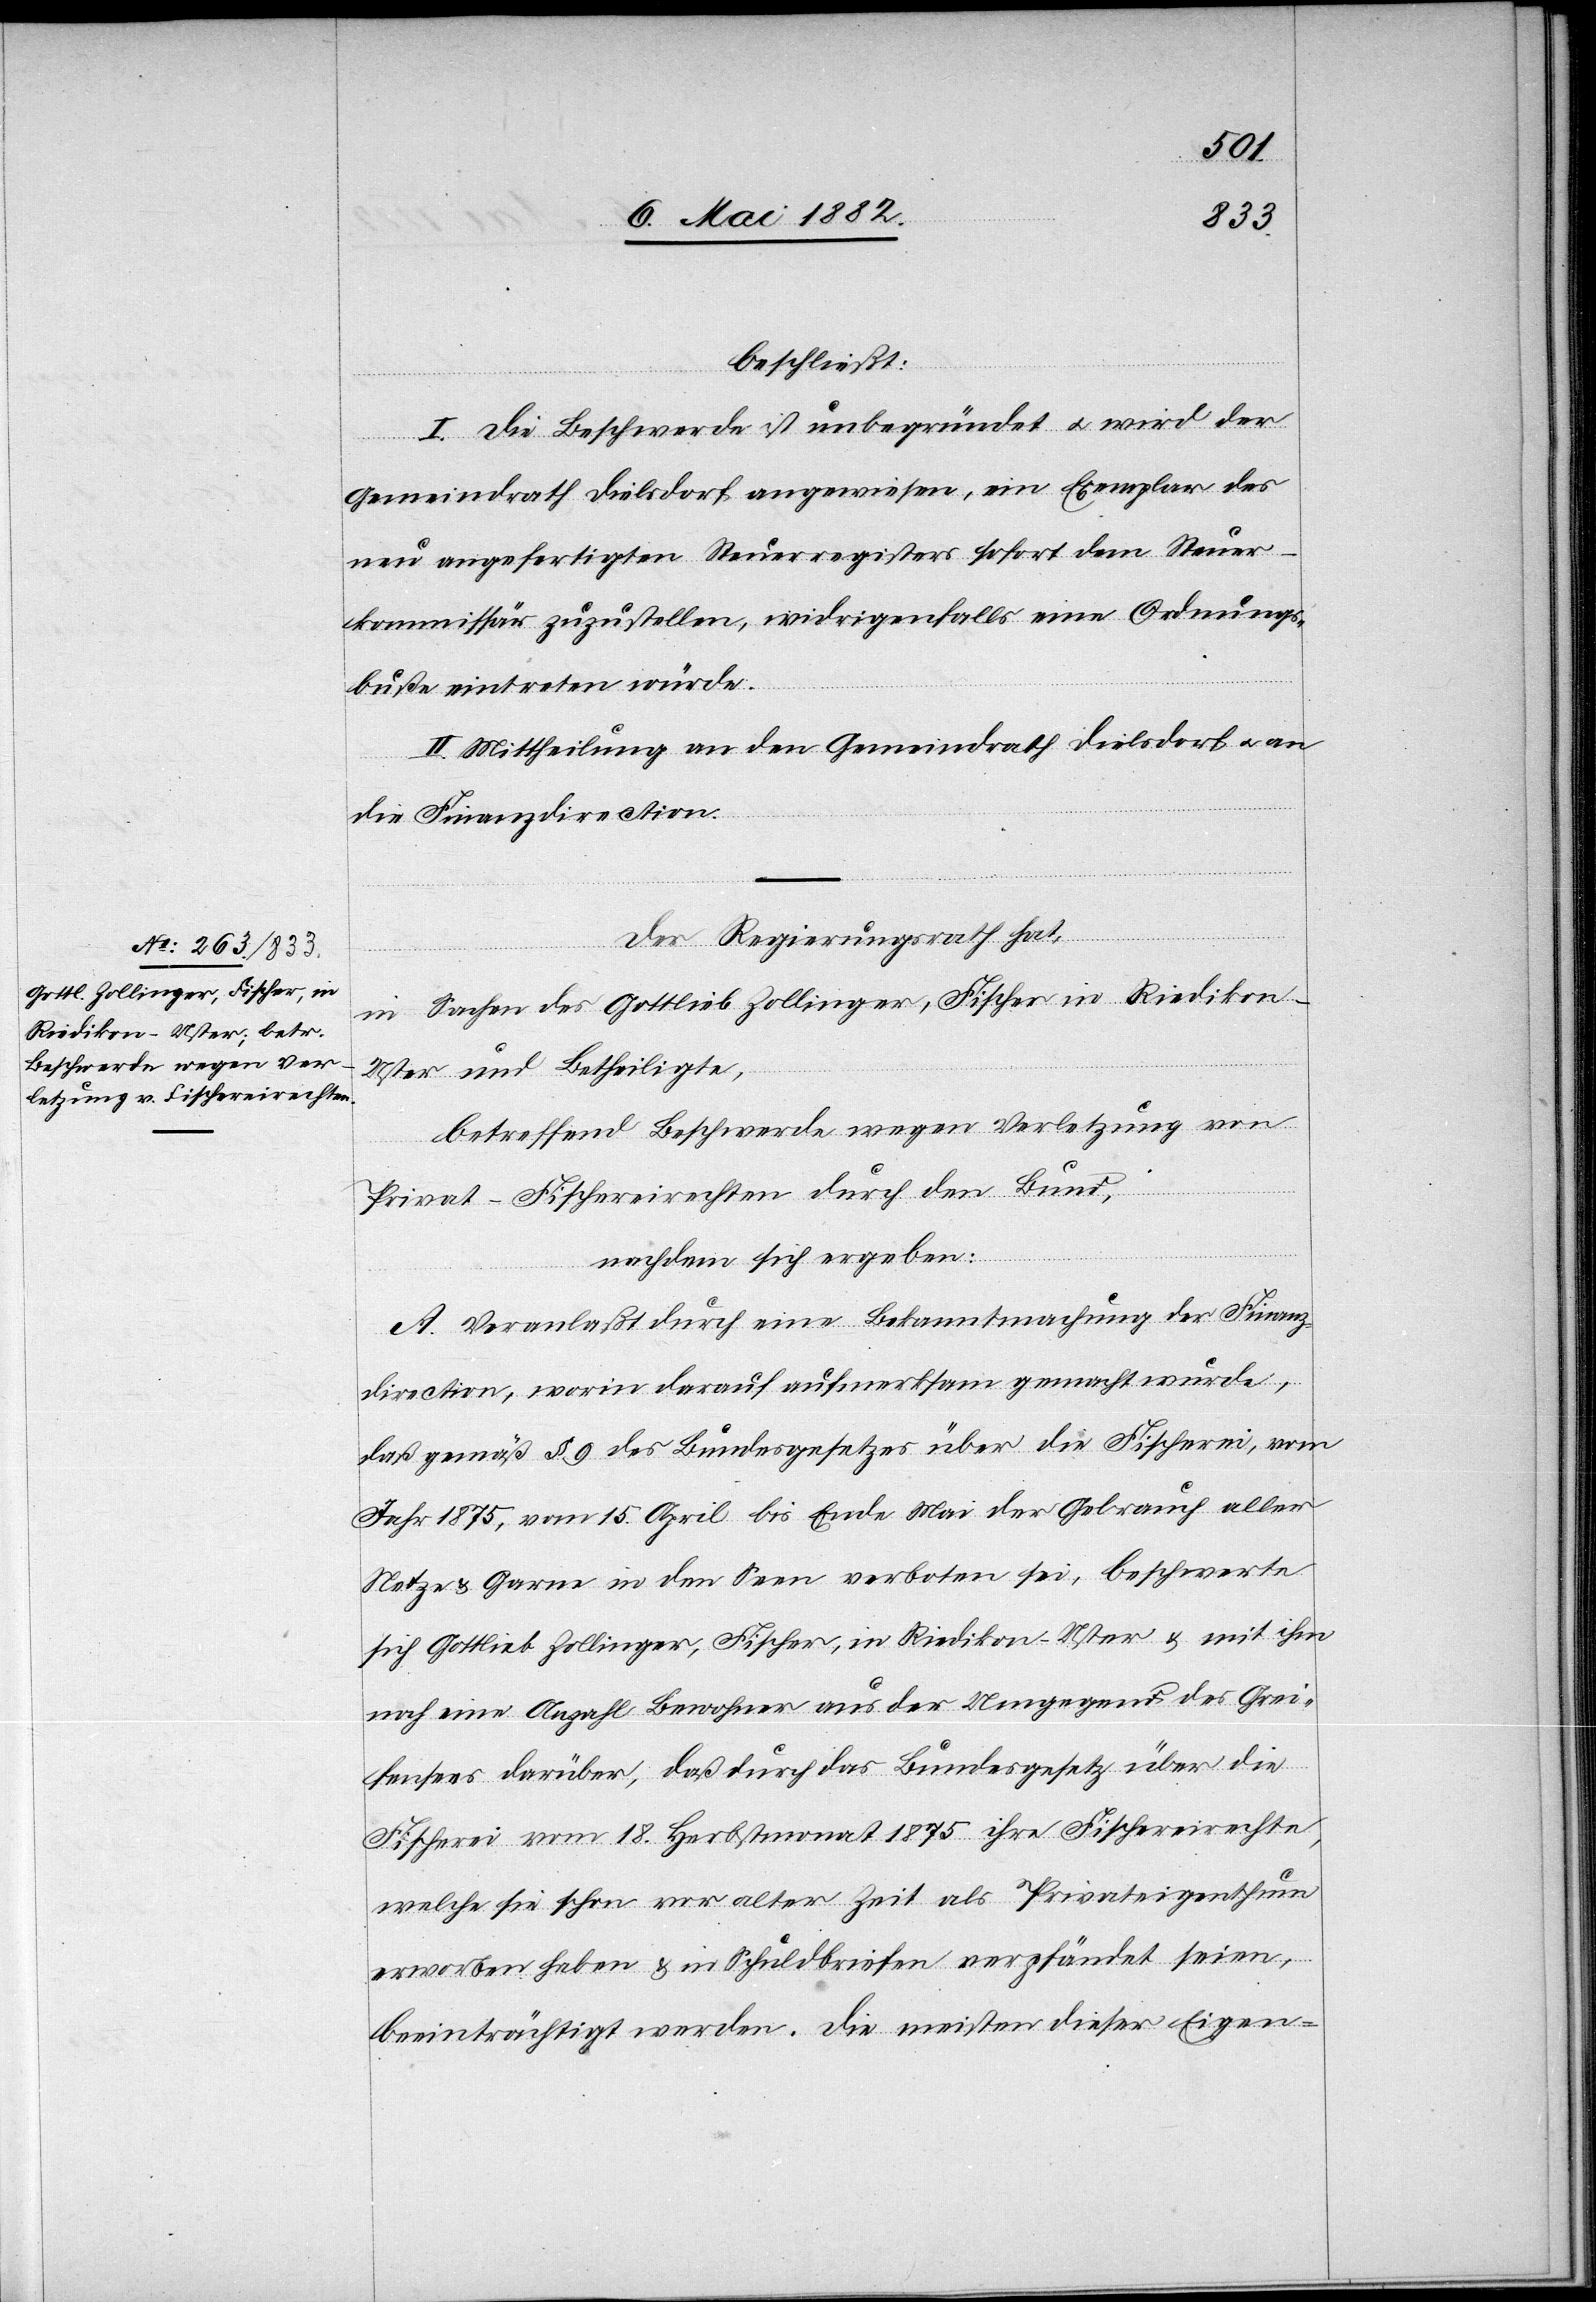
beschließt:
I. Die Beschwerde ist unbegründet u. wird der
Gemeindrath Dielsdorf angewiesen, ein Exemplar des
neu angefertigten Steuerregisters sofort dem Steuer¬
kommissär zuzustellen, widrigenfalls eine Ordnungs¬
buße eintreten würde.
II. Mittheilung an den Gemeindrath Dielsdorf u. an
die Finanzdirection.
Der Regierungsrath hat,
in Sachen des Gottlieb Zollinger, Fischer in Riedikon
Uster und Betheiligte,
betreffend Beschwerde wegen Verletzung von
Privat-Fischereirechten durch den Bund,
nachdem sich ergeben:
A. Veranlaßt durch eine Bekanntmachung der Finanz¬
direction, worin darauf aufmerksam gemacht wurde,
daß gemäß § 9 des Bundesgesetzes über die Fischerei, vom
Jahr 1875, vom 15. April bis Ende Mai der Gebrauch aller
Netze & Garne in den Seen verboten sei, beschwerte
sich Gottlieb Zollinger, Fischer, in Riedikon - Uster & mit ihm
noch eine Anzahl Bewohner aus der Umgegend des Grei¬
fensees darüber, daß durch das Bundesgesetz über die
Fischerei vom 18. Herbstmonat 1875 ihre Fischereirechte,
welche sie schon vor alter Zeit als Privateigenthum
erworben haben & in Schuldbriefen verpfändet seien,
beeinträchtigt wurden. Die meisten dieser Eigen-